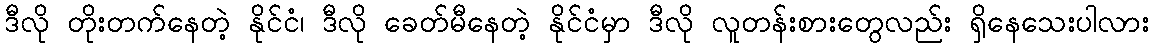
ဒီလို တိုးတက်နေတဲ့ နိုင်ငံ၊ ဒီလို ခေတ်မီနေတဲ့ နိုင်ငံမှာ ဒီလို လူတန်းစားတွေလည်း ရှိနေသေးပါလား